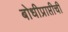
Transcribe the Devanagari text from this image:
बोधीप्राप्तीची